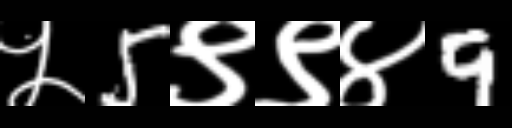
Text: ५5९९४9